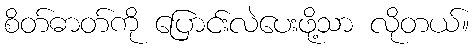
စိတ်ဓာတ်ကို ပြောင်းလဲပေးဖို့သာ လိုတယ်။